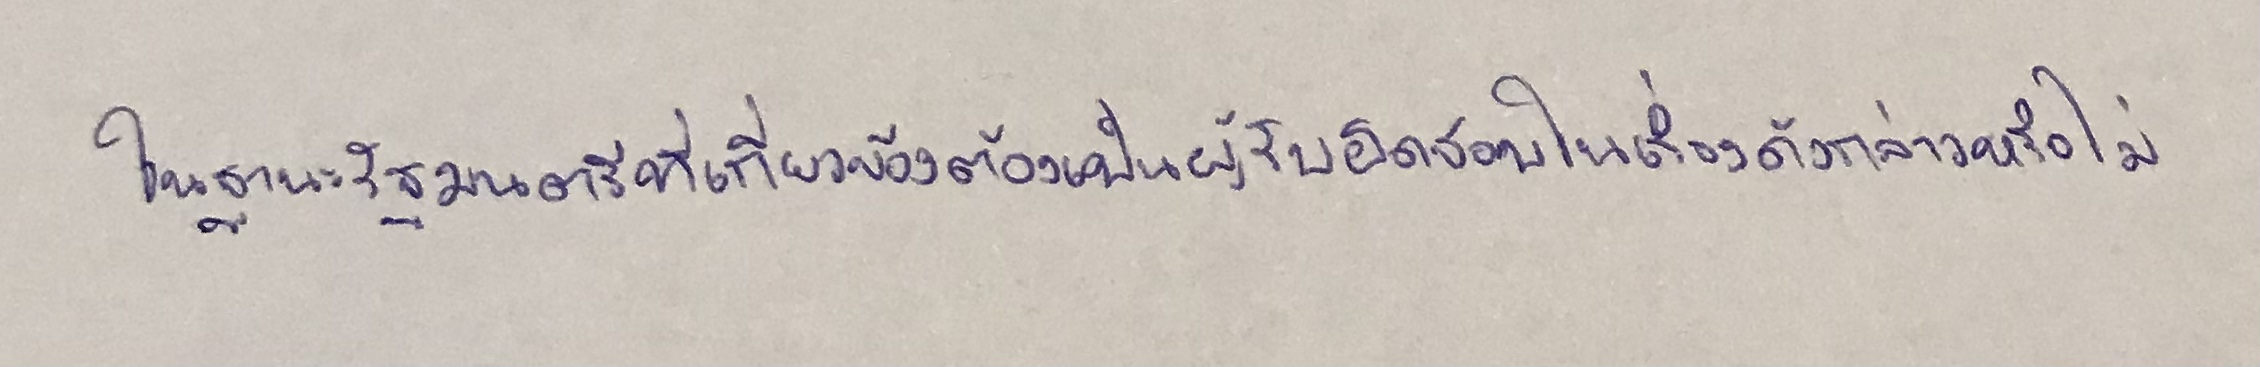
ในฐานะรัฐมนตรีที่เกี่ยวข้องต้องเป็นผู้รับผิดชอบในเรื่องดังกล่าวหรือไม่